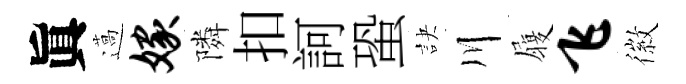
眞薖嫁隣扣訶蛩訣川履飞徽